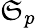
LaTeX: \mathfrak{S}_{p}